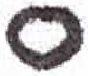
אות: ס